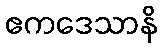
ဧကဒေသာနိ